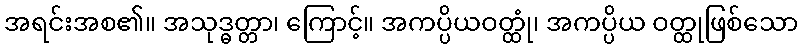
အရင်းအစ၏။ အသုဒ္ဓတ္တာ၊ ကြောင့်။ အကပ္ပိယဝတ္ထုံ၊ အကပ္ပိယ ဝတ္ထုဖြစ်သော